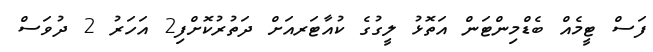
ފަސް ޓީމެއް ބެޑްމިންޓަން އަތޮޅު ލީގުގެ ކުއާޓަރއަށް ދަތުރުކޮށްފި2 އަހަރު 2 ދުވަސް